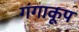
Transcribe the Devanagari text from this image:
गंगाकूप